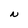
Character: N